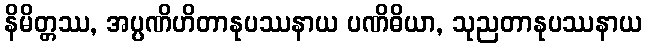
နိမိတ္တဿ, အပ္ပဏိဟိတာနုပဿနာယ ပဏိဓိယာ, သုညတာနုပဿနာယ